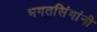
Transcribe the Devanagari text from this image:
भगतसिंगांनी